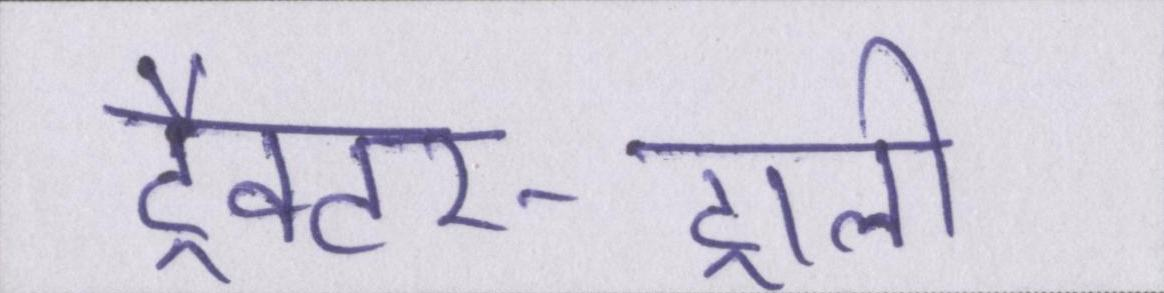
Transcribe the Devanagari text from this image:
ट्रैक्टर-ट्राली